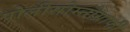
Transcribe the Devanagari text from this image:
पोलीसोम्नोग्राफी